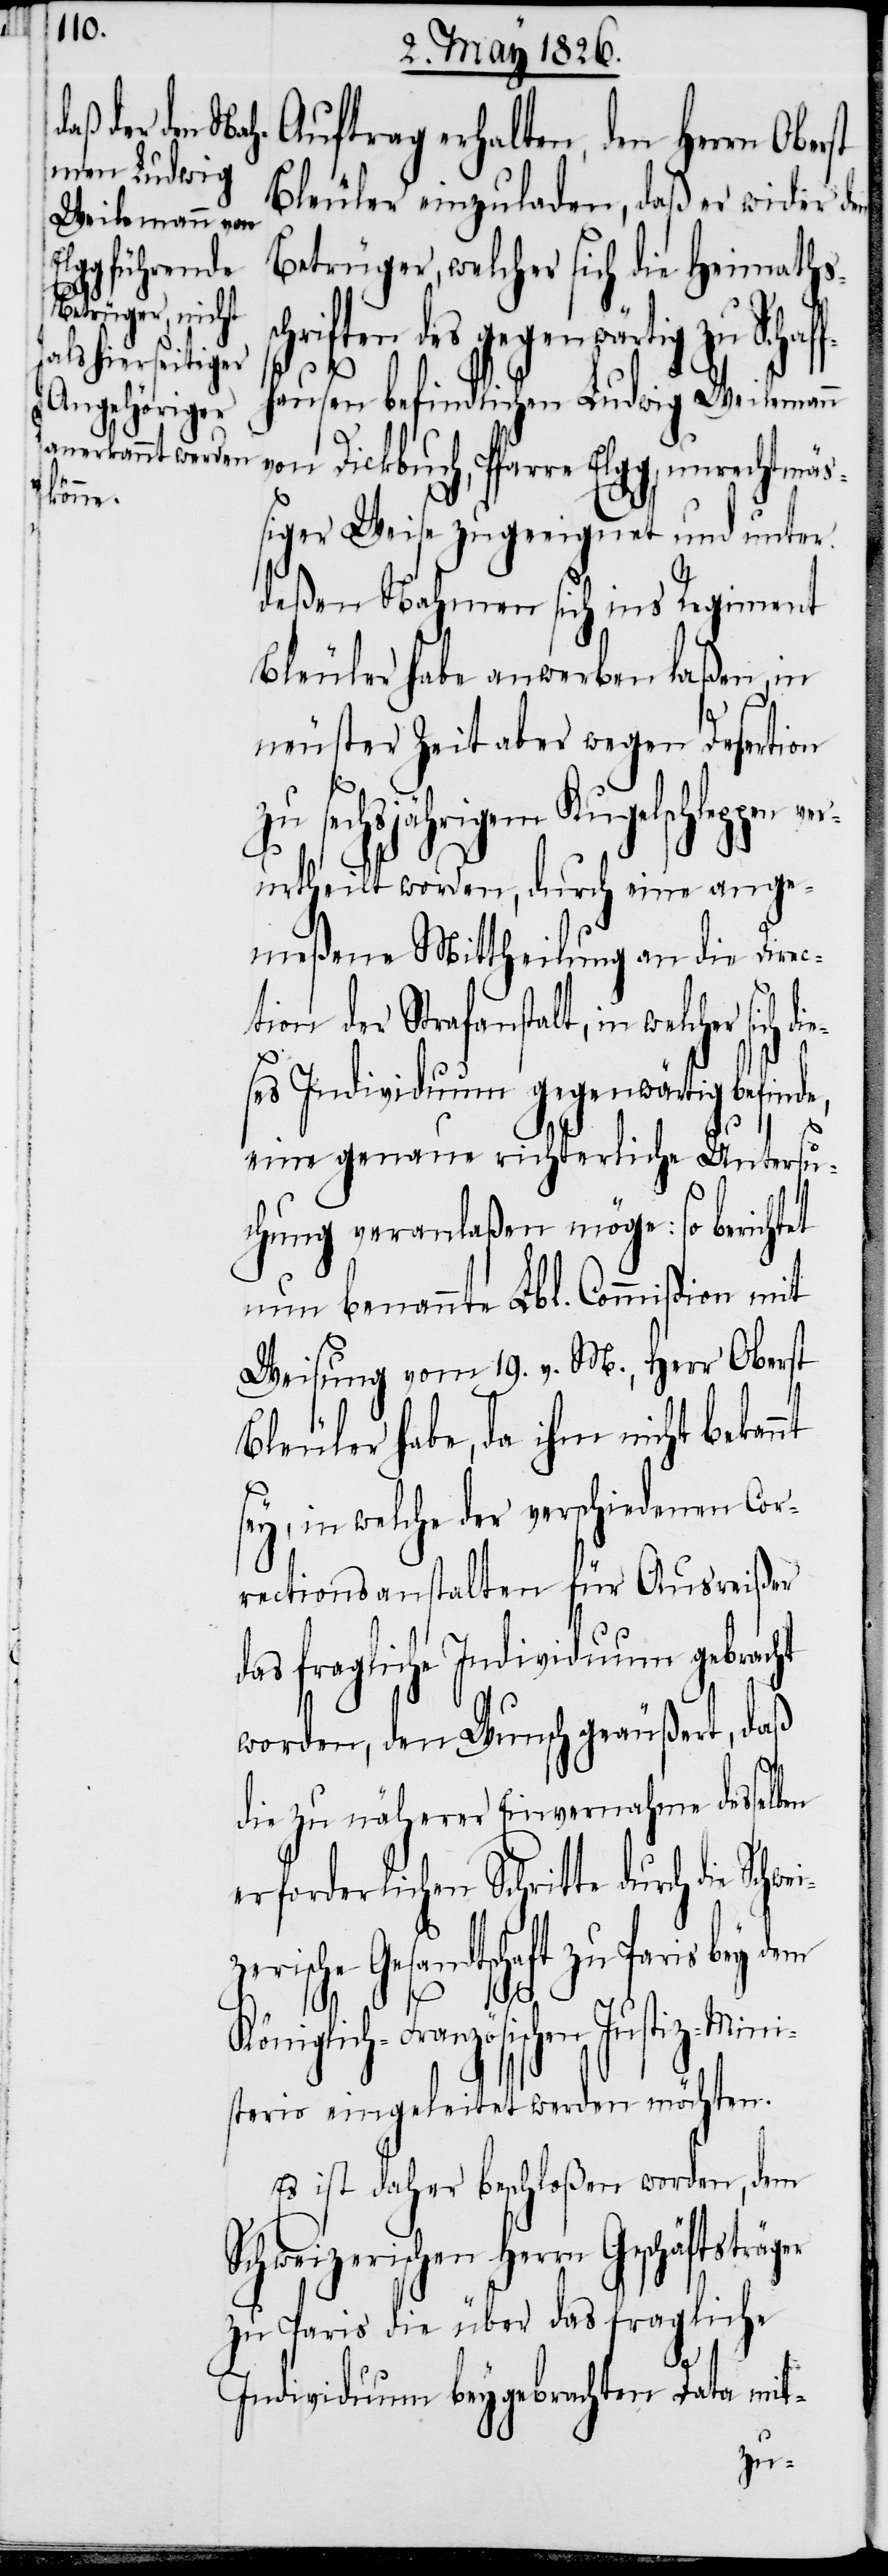
Auftrag erhalten, den Herrn Ober¬
Bleuler einzuladen, daß er wider den
Betrüger, welcher sich die Heimaths¬
Elgg, unrechtmäß¬
ni¬
fhausen befindlichen Ludwig Weilemann
iger Weise zugeeignet und unter
deßen Nahmen sich ins Regiment
Bleuler habe anwerben laßen, in
neuster Zeit aber wegen Desertion
zu sechsjährigem Kugelschleppen
urtheilt worden, durch eine ange¬
meßene Mittheilung an die Direc¬
tion der Strafanstalt, in welcher
ses Individuum gegenwärtig befin¬
eine genaue richterliche Untersu¬
chung veranlaßen möge: so berichtet
nun benannte Lbl. Commißion mit
Weisung vom 19. v. M., Herr Oberst
Bleuler habe, da ihm nicht bekannt
in welche der verschiedenen Cor¬
rectionsanstalten für Ausreißer
das fragliche Individuum gebracht
worden, den Wunsch geäußert, daß
die zu näherer Einvernahme desselben
erforderlichen Schritte durch die
rn Geschäftsträger
Königlich-Französischen Justiz-Mi¬
sterio eingeleitet werden möchten.
Es ist daher beschloßen worden, dem
zu Paris die über das fragliche
de,
Individuum beygebrachten Data mit-